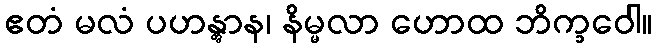
ဧတံ မလံ ပဟန္တွာန၊ နိမ္မလာ ဟောထ ဘိက္ခဝေါ။